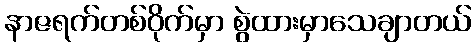
နာဇရက်တစ်ဝိုက်မှာ စွဲထားမှာသေချာတယ်